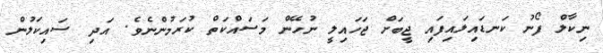
ނިކާލް ފޯނު ކަނޑައިލައިފައި ޖީބަށް ޖަހައިލީ ނުހޭން މަސައްކަތް ކުރަމުންނެވެ. އަދި ސައިކަލުން